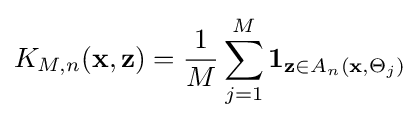
K_{M,n}(\mathbf {x} ,\mathbf {z} )={\frac {1}{M}}\sum _{j=1}^{M}\mathbf {1} _{\mathbf {z} \in A_{n}(\mathbf {x} ,\Theta _{j})}